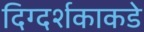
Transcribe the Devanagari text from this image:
दिग्दर्शकाकडे